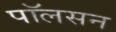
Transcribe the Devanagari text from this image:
पाॅलसन